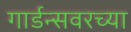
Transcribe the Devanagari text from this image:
गार्डन्सवरच्या